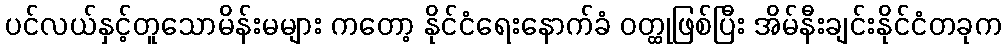
ပင်လယ်နှင့်တူသောမိန်းမများ ကတော့ နိုင်ငံရေးနောက်ခံ ဝတ္ထုဖြစ်ပြီး အိမ်နီးချင်းနိုင်ငံတခုက